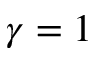
\gamma = 1